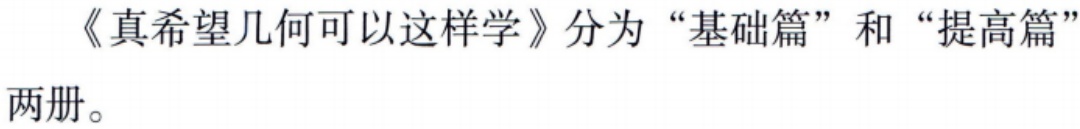
《真希望几何可以这样学》分为“基础篇”和“提高篇”两册。